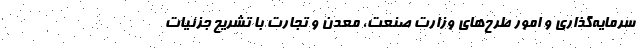
سرمایه‌گذاری و امور طرح‌های وزارت صنعت، معدن و تجارت با تشریح جزئیات